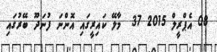
08 އެޕްރީލް 2015 37  މާލޭ ކައިރީގައި އޮންނަ ފުނަދޫ ބޭރުގައި